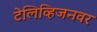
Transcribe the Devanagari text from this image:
टेलिव्हिजनवर